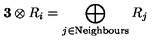
{ \bf 3 } \otimes R _ { i } = \bigoplus _ { j \in \mathrm { N e i g h b o u r s } } R _ { j }